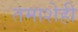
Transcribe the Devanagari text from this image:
तमाशेही